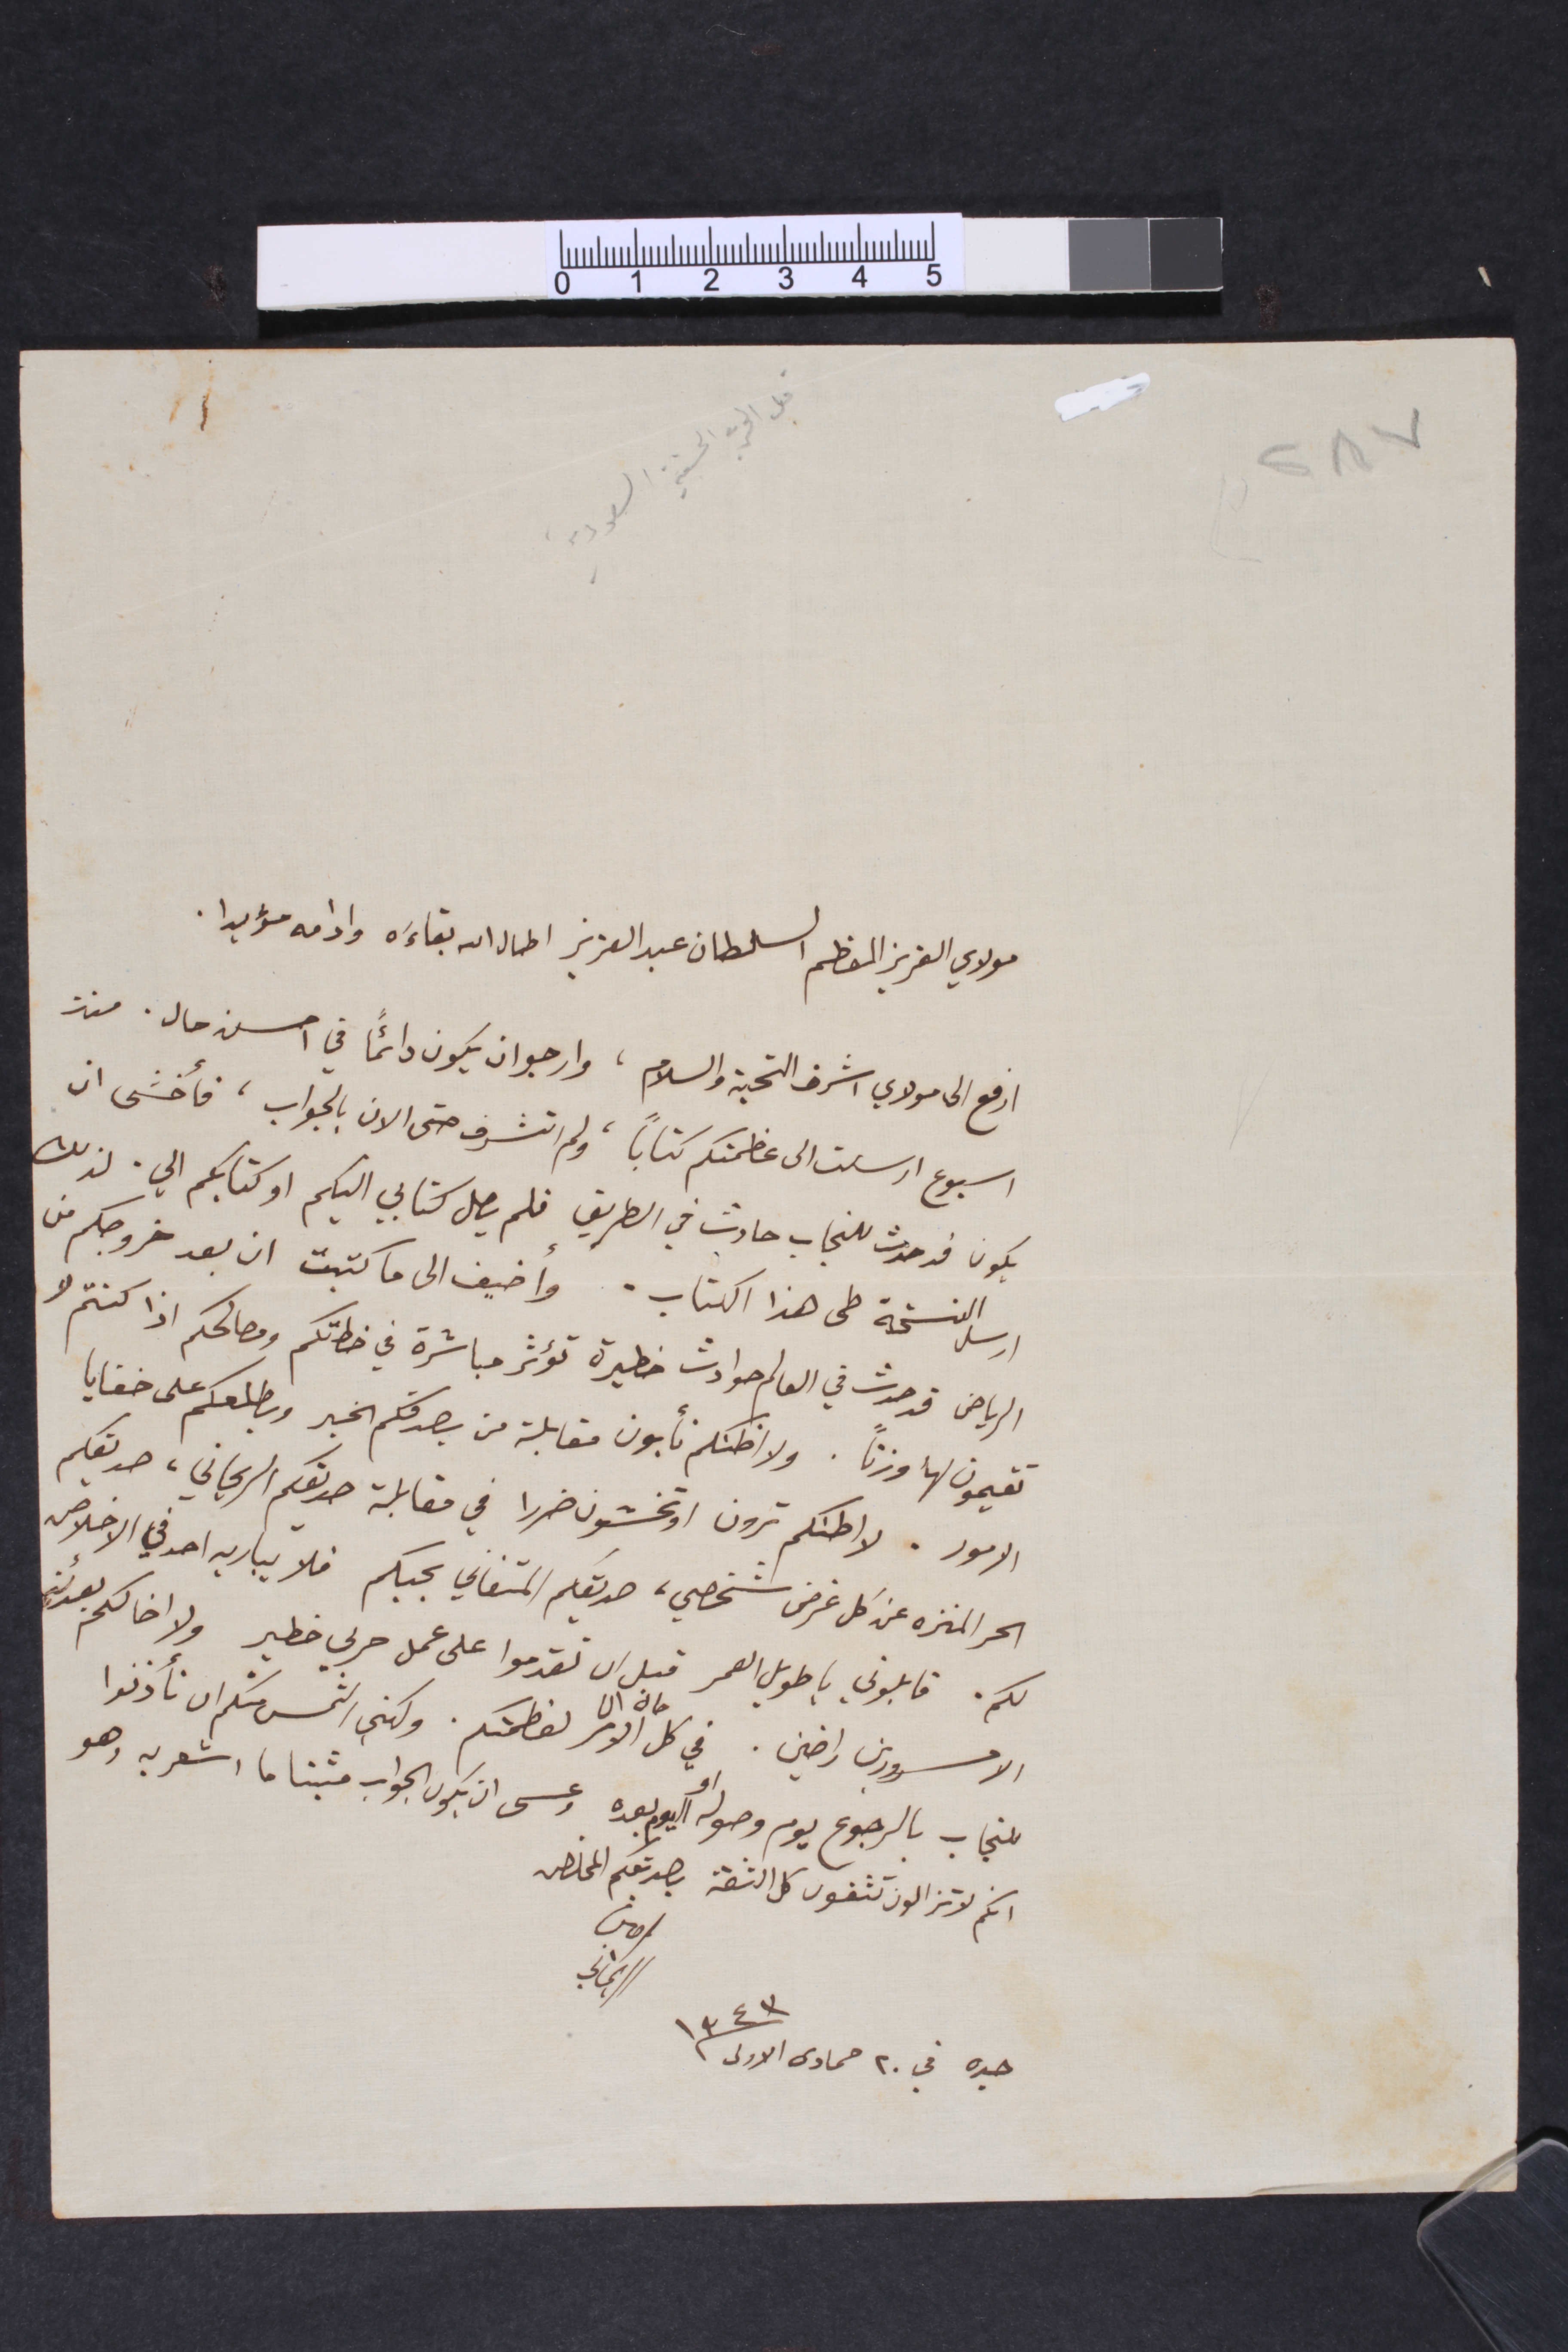
٢١٧
مولاي العزيز المعظم السلطان عبد العزيز اطال الله بقاءَه وادامه مؤبدا.
ارفع الى مولاي اشرف التحية والسلام، وارجو ان يكون دائمًا في احسن حال. منذ
اسبوع ارسلت الى عظمتكم كتاباً، ولم اتشرف حتى الان بالجواب، فأخشى ان
يكون قد حدث للنجاب حادث في الطريق فلم يصل كتابي اليكم او كتابكم الي. لذلك
ارسل النسخة طى هذا الكتاب. وأضيف الى ما كتبت ان بعد خروجكم من
الرياض قد حدث في العالم حوادث خطيرة تؤثر مباشرة في خطتكم ومصالحكم اذا كنتم لا
تقيمون لها وزنًا. ولا اظنكم تأبون مقابلة من يصدقكم الخبر وبطلعكم على خفايا
الامور. لا اطنكم ترون اوتخشون ضررا في مقابلة صديقكم الريحاني، صديقكم
الحر المنزه عن كل غرض شخصي، صديقكم المتفاني بحبكم فلا يباريه احد في الاخلاص
لكم. قابلوني يا طويل العمر قبل ان تقدموا على عمل حربي خطير ولا اخالكم بعدئذٍ
الا مسرورين راضين. في كل حال ان الامر لعظمتكم. ولكني التمس منكم ان تأذنوا
للنجاب بالرجوع يوم وصوله او اليوم بعده وعسى ان يكون الجواب مثبتا ما اشعر به وهو
انكم لا تزالون تثقون كل الثقة بصديقكم المخلص
امين الريحاني
جده في ٢٠ حمادى الاولى  ١٣٤٣
قبل الحرب الحسَية السَعودية